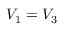
V _ { 1 } = V _ { 3 }